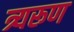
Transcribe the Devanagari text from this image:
त्र्यरूण